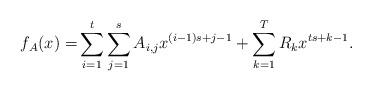
LaTeX: \begin{align*}f_A(x) = & \sum_{i=1}^t\sum_{j=1}^s A_{i,j}x^{(i-1)s+j-1} + \sum_{k=1}^{T} R_kx^{ts+k-1}.\end{align*}